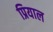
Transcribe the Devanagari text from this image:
प्रियाल